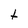
Character: t